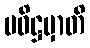
ပဝိဋ္ဌမှာတိ